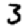
Digit: 3